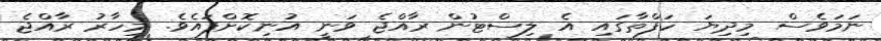
ނަމަވެސް މިދިޔަ ހަފްތާގައި އެ ލިސްޓުން ރާއްޖެ ވަނީ އުނިކޮށްފައެވެ. މިހާރު ރާއްޖެ